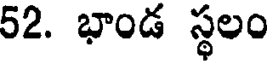
52. భాండ స్థలం